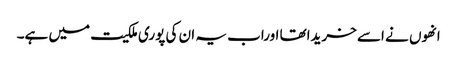
انھوں نے اسے خریداتھا اوراب یہ ان کی پوری ملکیت میں ہے۔